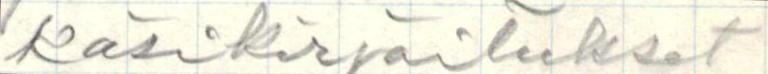
käsikirjoitukset